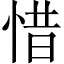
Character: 惜